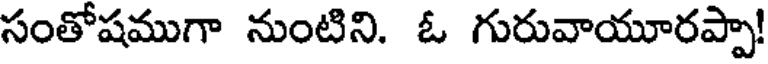
సంతోషముగా నుంటిని. ఓ గురువాయూరప్పా!